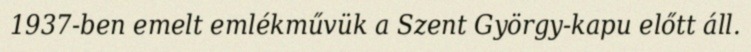
1937-ben emelt emlékművük a Szent György-kapu előtt áll.